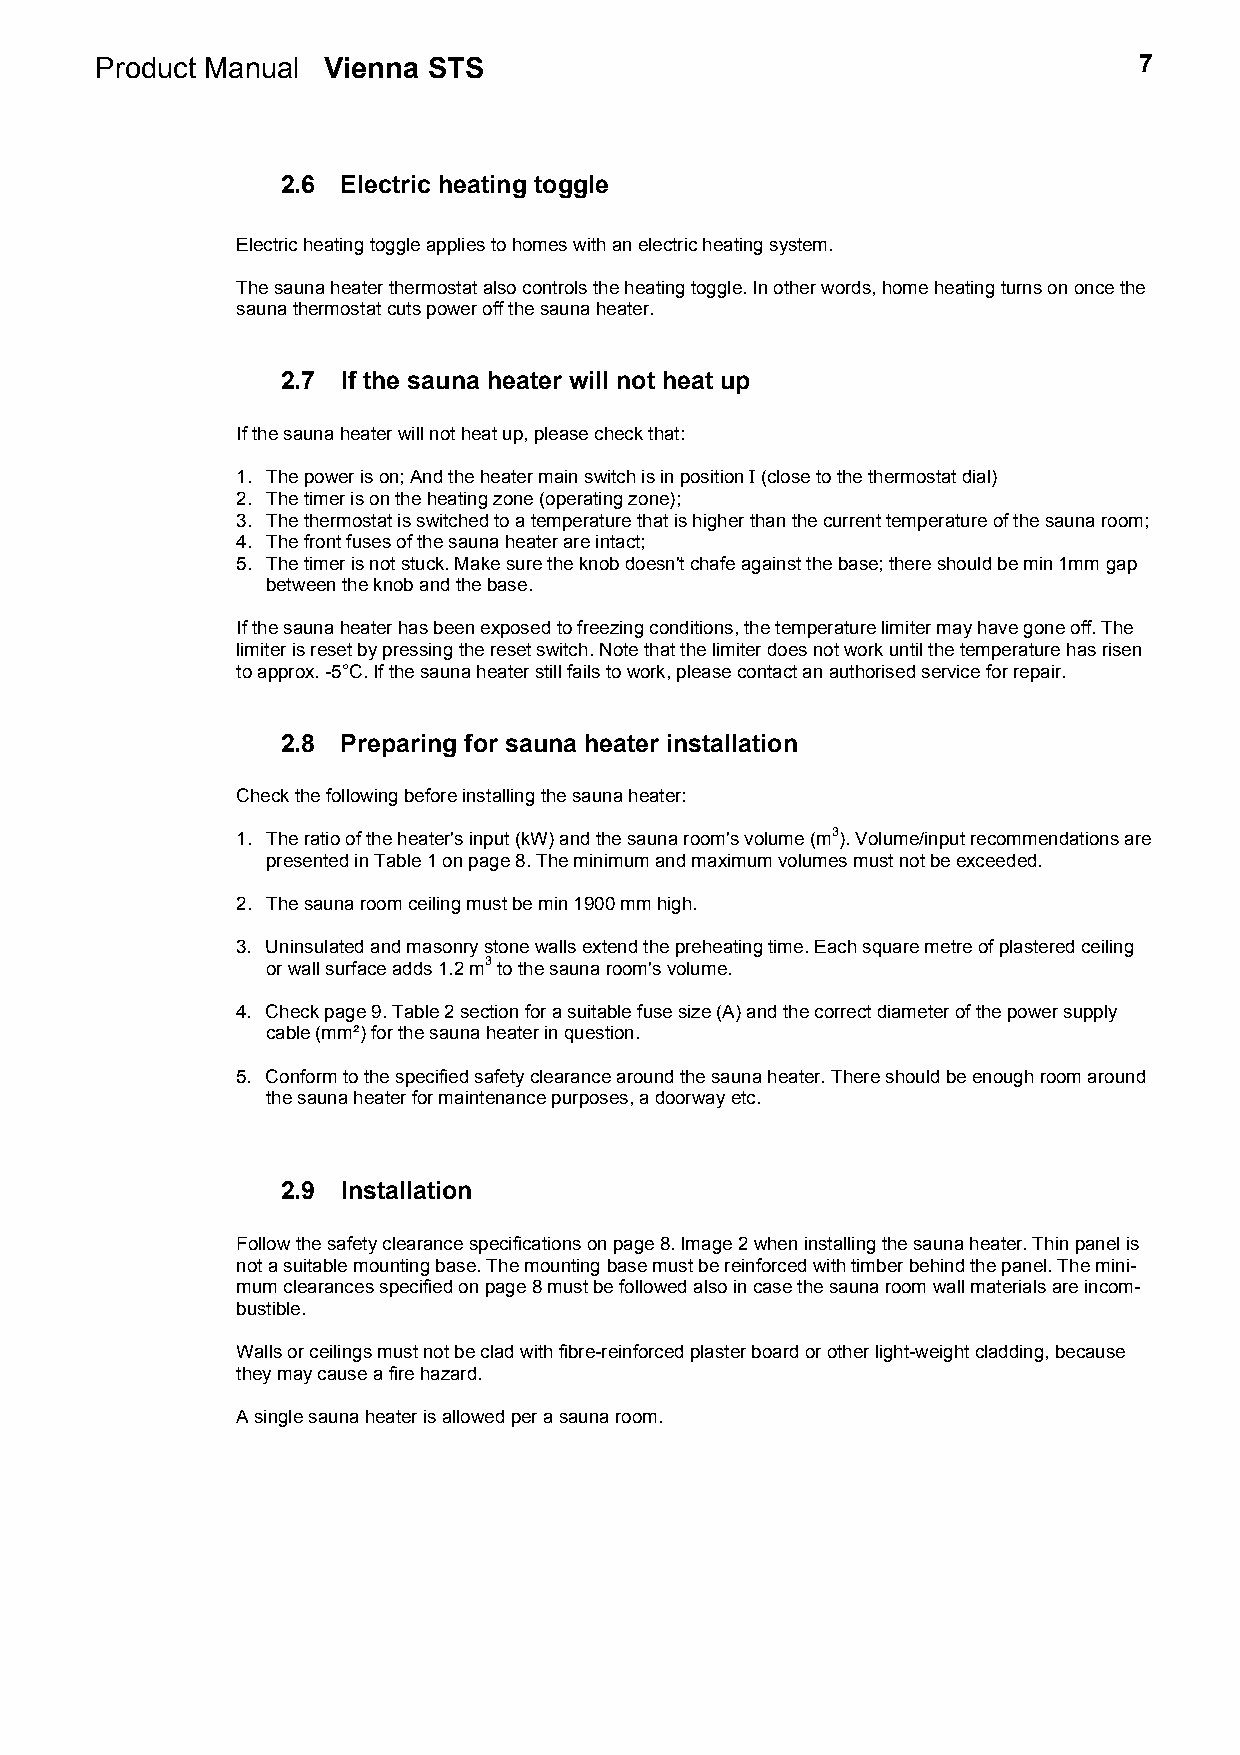
Product Manual Vienna STS                                            7
 2.6 Electric heating toggle
 Electric heating toggle applies to homes with an electric heating system.
 The sauna heater thermostat also controls the heating toggle. In other words, home heating turns on once the
 sauna thermostat cuts power off the sauna heater.
 2.7 If the sauna heater will not heat up
 If the sauna heater will not heat up, please check that:
 1. The power is on; And the heater main switch is in position I (close to the thermostat dial)
 2. The timer is on the heating zone (operating zone);
 3. The thermostat is switched to a temperature that is higher than the current temperature of the sauna room;
 4. The front fuses of the sauna heater are intact;
 5. The timer is not stuck. Make sure the knob doesn't chafe against the base; there should be min 1mm gap
 between the knob and the base.
 If the sauna heater has been exposed to freezing conditions, the temperature limiter may have gone off. The
 limiter is reset by pressing the reset switch. Note that the limiter does not work until the temperature has risen
 to approx. -5°C. If the sauna heater still fails to work, please contact an authorised service for repair.
 2.8 Preparing for sauna heater installation
 Check the following before installing the sauna heater:
 1. The ratio of the heater's input (kW) and the sauna room's volume (m3). Volume/input recommendations are
 presented in Table 1 on page 8. The minimum and maximum volumes must not be exceeded.
 2. The sauna room ceiling must be min 1900 mm high.
 3. Uninsulated and masonry stone walls extend the preheating time. Each square metre of plastered ceiling
 or wall surface adds 1.2 m3 to the sauna room's volume.
 4. Check page 9. Table 2 section for a suitable fuse size (A) and the correct diameter of the power supply
 cable (mm²) for the sauna heater in question.
 5. Conform to the specified safety clearance around the sauna heater. There should be enough room around
 the sauna heater for maintenance purposes, a doorway etc.
 2.9 Installation
 Follow the safety clearance specifications on page 8. Image 2 when installing the sauna heater. Thin panel is
 not a suitable mounting base. The mounting base must be reinforced with timber behind the panel. The mini-
 mum clearances specified on page 8 must be followed also in case the sauna room wall materials are incom-
 bustible.
 Walls or ceilings must not be clad with fibre-reinforced plaster board or other light-weight cladding, because
 they may cause a fire hazard.
 A single sauna heater is allowed per a sauna room.